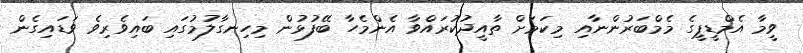
ވީމާ އެމްޑީޕީގެ މެމްބަރުންނާއި މިކަމަށް ތާއީދުކުރައްވާ އެންމެހާ ބޭފުޅުން މިހިނގާލުމުގައި ބައިވެރިވެ ވަޑައިގެން